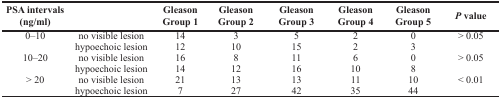
| PSA intervals (ng/ml) |  | Gleason Group 1 | Gleason Group 2 | Gleason Group 3 | Gleason Group 4 | Gleason Group 5 | P value |
 | --- | --- | --- | --- | --- | --- | --- | --- |
 | 0–10 | no visible lesion | 14 | 3 | 5 | 2 | 0 | > 0.05 |
 |  | hypoechoic lesion | 12 | 10 | 15 | 2 | 3 |  |
 | 10–20 | no visible lesion | 16 | 8 | 11 | 6 | 0 | > 0.05 |
 |  | hypoechoic lesion | 14 | 12 | 16 | 10 | 8 |  |
 | > 20 | no visible lesion | 21 | 13 | 13 | 11 | 10 | < 0.01 |
 |  | hypoechoic lesion | 7 | 27 | 42 | 35 | 44 |  |